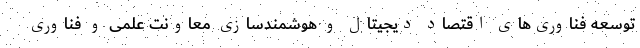
توسعه فناوری‌های اقتصاد دیجیتال و هوشمندسازی معاونت علمی و فناوری